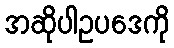
အဆိုပါဥပဒေကို